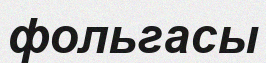
фольгасы